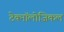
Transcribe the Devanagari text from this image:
टेक्नॉलोजिकल